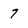
Character: 7